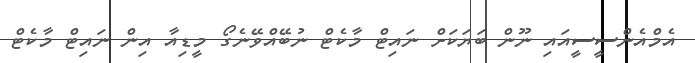
އެމްއެންސީސީއައި ނޫން ބަޔަކަށް ނައިޓް މާކެޓް ނުބޭއްވޭނެގޯ މީޑިއާ އިން ނައިޓް މާކެޓް